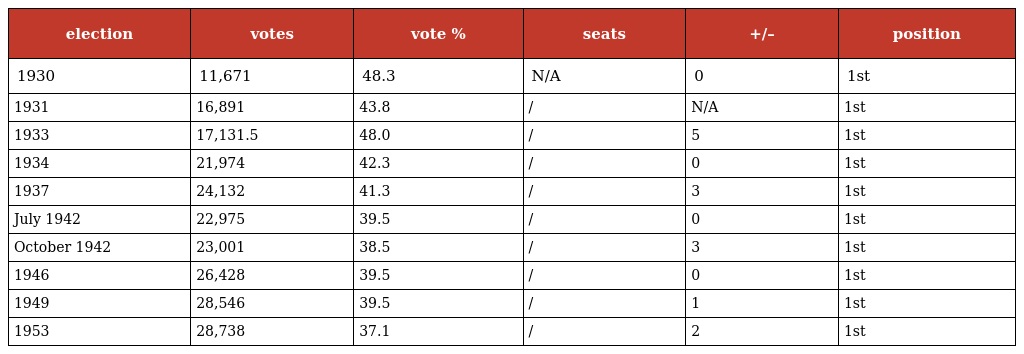
| election | votes | vote % | seats | +/– | position |
 | --- | --- | --- | --- | --- | --- |
 | 1930 | 11,671 | 48.3 | N/A | 0 | 1st |
 | 1931 | 16,891 | 43.8 | / | N/A | 1st |
 | 1933 | 17,131.5 | 48.0 | / | 5 | 1st |
 | 1934 | 21,974 | 42.3 | / | 0 | 1st |
 | 1937 | 24,132 | 41.3 | / | 3 | 1st |
 | July 1942 | 22,975 | 39.5 | / | 0 | 1st |
 | October 1942 | 23,001 | 38.5 | / | 3 | 1st |
 | 1946 | 26,428 | 39.5 | / | 0 | 1st |
 | 1949 | 28,546 | 39.5 | / | 1 | 1st |
 | 1953 | 28,738 | 37.1 | / | 2 | 1st |